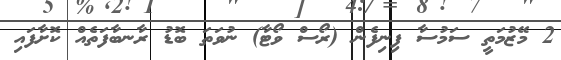
2 މޭޒުމަތީ ސަމުސާ ފިނިފެން (ރޯސް ވޯޓާ) ނުވަތަ ބޮޑު ރާނބާފަތެއް ކޮށާފައި